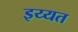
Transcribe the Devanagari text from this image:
इय्यत